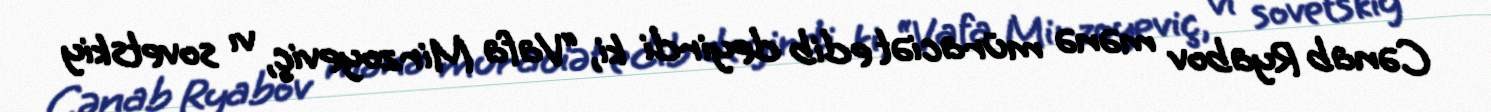
Cənab Ryabov mənə müraciət edib deyirdi ki, “Vafa Mirzoyeviç, vı sovetskiy